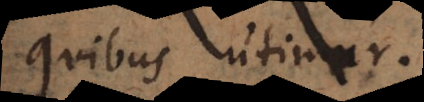
quibus utimur.